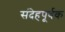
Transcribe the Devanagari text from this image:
संदेहपूर्वक